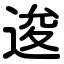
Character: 逡